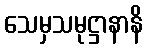
သေမှသမုဋ္ဌာနာနိ